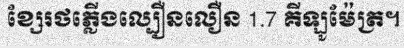
ខ្សែរថភ្លើងល្បឿនលឿន 1.7 គីឡូម៉ែត្រ។